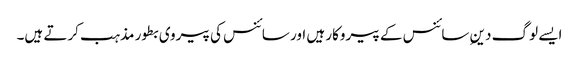
ایسے لوگ دینِ سائنس کے پیروکار ہیں اور سائنس کی پیروی بطور مذہب کرتے ہیں۔